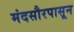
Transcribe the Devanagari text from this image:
मंदसौरपासून